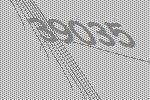
39035